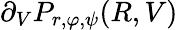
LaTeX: \partial_{V}P_{r,\varphi,\psi}(R,V)